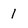
Character: 1